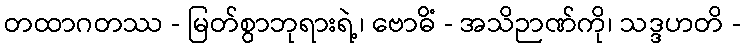
တထာဂတဿ - မြတ်စွာဘုရားရဲ့၊ ဗောဓိံ - အသိဉာဏ်ကို၊ သဒ္ဒဟတိ -